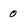
Character: 0